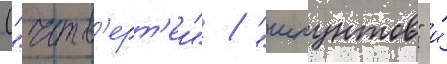
("четв'ерт'еи" / "шпунтов" и́